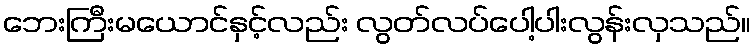
ဘေးကြီးမယောင်နှင့်လည်း လွတ်လပ်ပေါ့ပါးလွန်းလှသည်။